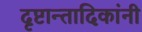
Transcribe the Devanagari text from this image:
दृष्टान्तादिकांनी